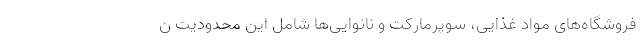
فروشگاه‌های مواد غذایی، سوپرمارکت و نانوایی‌ها شامل این محدودیت ن